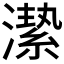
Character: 𱩈